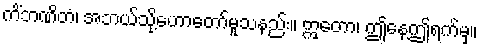
ကိံဘဏိတံ၊ အဘယ်သို့ဟောတော်မူသနည်း။ ဣတော၊ ဤနေ့ဤရက်မှ။